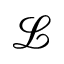
\mathcal { L }